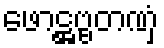
ဖောဋ္ဌဗ္ဗတဏှံ